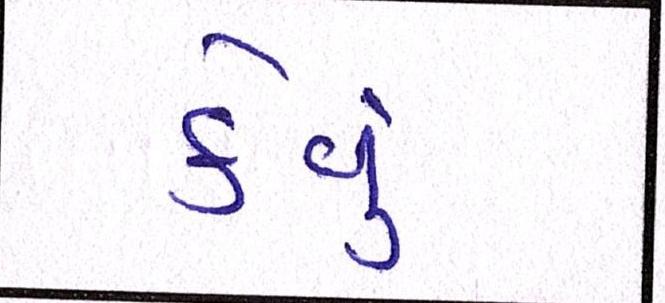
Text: કેવું